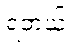
ရတယ်။